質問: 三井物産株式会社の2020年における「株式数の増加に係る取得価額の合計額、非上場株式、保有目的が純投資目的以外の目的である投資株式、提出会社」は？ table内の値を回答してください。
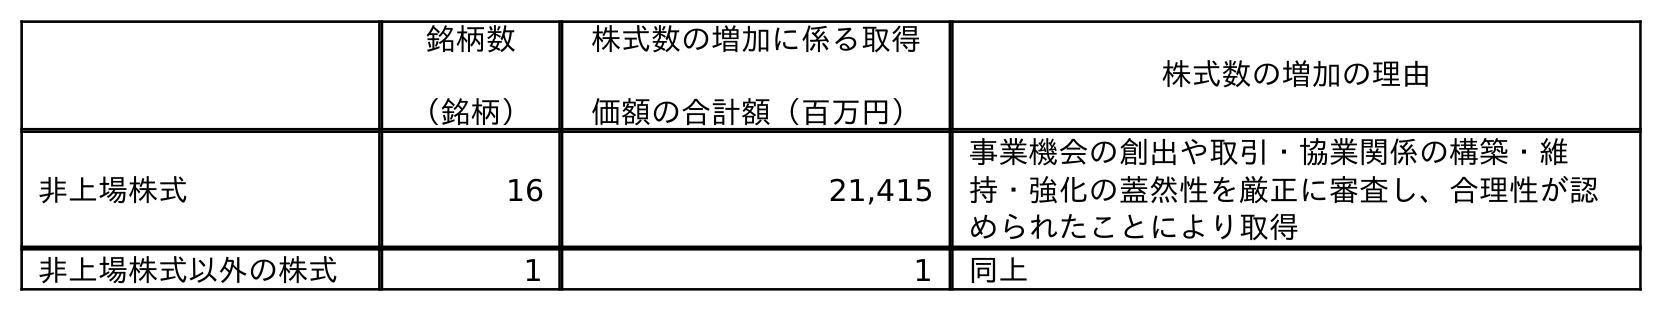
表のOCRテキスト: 銘柄数 （銘柄） 株式数の増加に係る取得 価額の合計額（百万円） 株式数の増加の理由 非上場株式 16 21,415 事業機会の創出や取引・協業関係の構築・維 持・強化の蓋然性を厳正に審査し、合理性が認 められたことにより取得 非上場株式以外の株式 1 1 同上
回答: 21,415